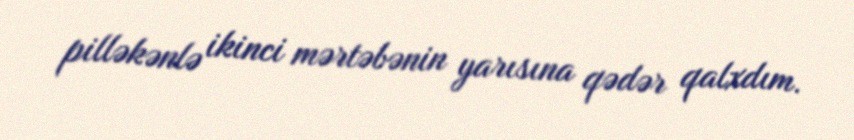
pilləkənlə ikinci mərtəbənin yarısına qədər qalxdım.